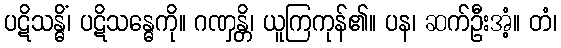
ပဋိသန္ဓိံ၊ ပဋိသန္ဓေကို။ ဂဏှန္တိ၊ ယူကြကုန်၏။ ပန၊ ဆက်ဦးအံ့။ တံ၊